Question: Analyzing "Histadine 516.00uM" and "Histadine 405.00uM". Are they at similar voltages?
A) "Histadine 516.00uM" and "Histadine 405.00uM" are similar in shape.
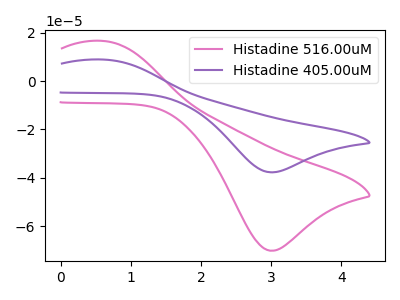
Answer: <think>The pink curve "Histadine 516.00uM" has an anodic peak at (0.60V, 16.65uA) and a cathodic peak at (3.00V, -70.25uA). The purple curve "Histadine 405.00uM" has an anodic peak at (0.60V, 8.95uA) and a cathodic peak at (3.00V, -37.75uA).
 All the peaks in "Histadine 516.00uM" have a peak in "Histadine 405.00uM" at the same potential. Every peak in "Histadine 516.00uM" is higher than every peak in "Histadine 405.00uM".</think>
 <answer>A) "Histadine 516.00uM" and "Histadine 405.00uM" are similar in shape.</answer>
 <eval>A</eval>